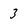
Character: 3